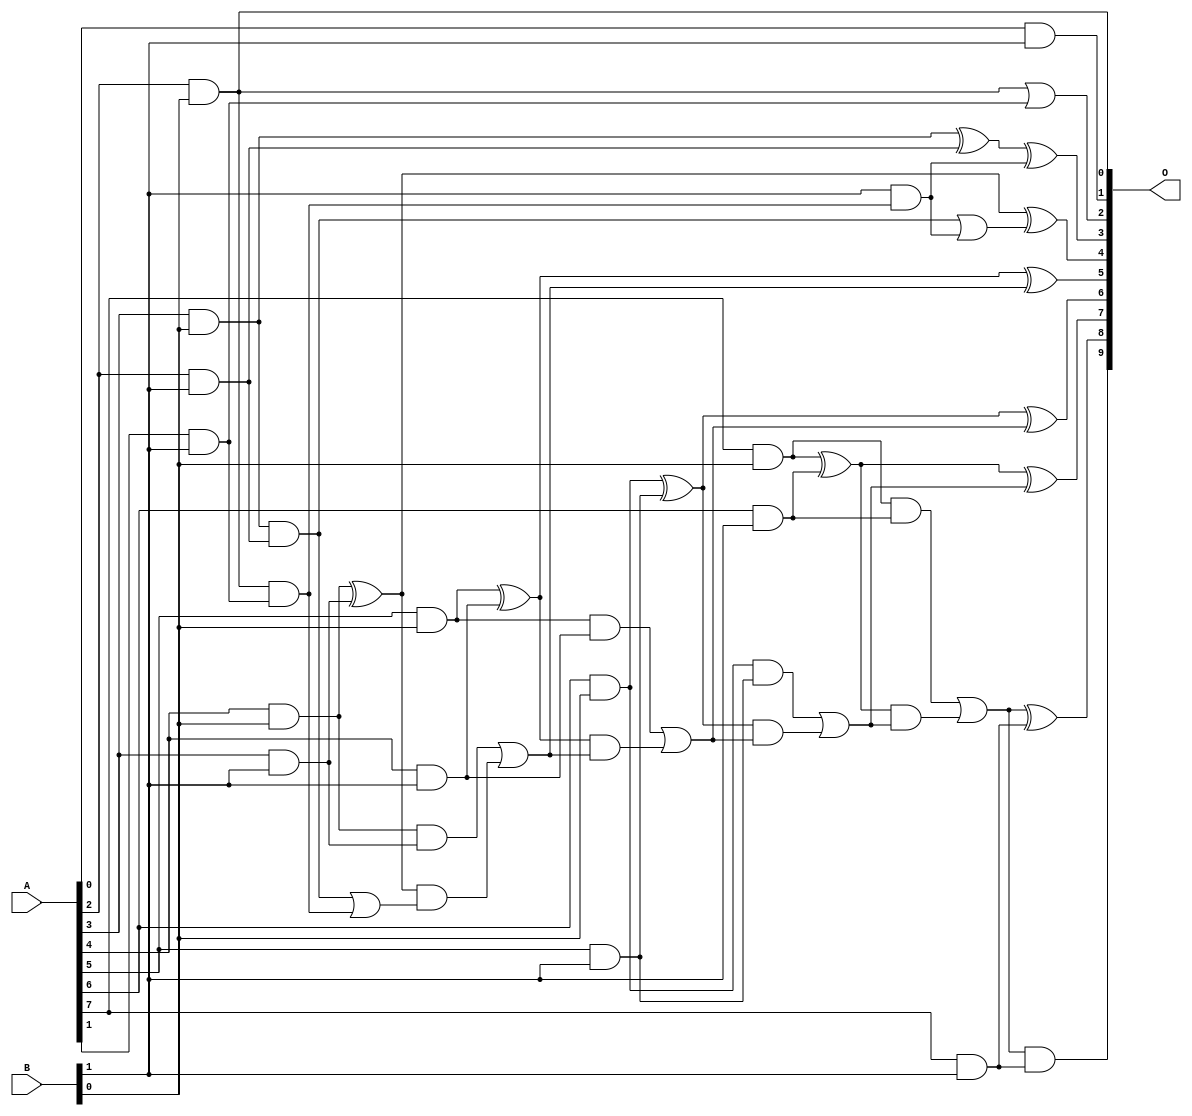
/***
* This code is a part of EvoApproxLib library (ehw.fit.vutbr.cz/approxlib) distributed under The MIT License.
* When used, please cite the following article(s): V. Mrazek, L. Sekanina, Z. Vasicek "Libraries of Approximate Circuits: Automated Design and Application in CNN Accelerators" IEEE Journal on Emerging and Selected Topics in Circuits and Systems, Vol 10, No 4, 2020 
* This file contains a circuit from a sub-set of pareto optimal circuits with respect to the pwr and ep parameters
***/
// MAE% = 0.067 %
// MAE = 0.69 
// WCE% = 0.29 %
// WCE = 3.0 
// WCRE% = 100.00 %
// EP% = 37.50 %
// MRE% = 1.45 %
// MSE = 1.5 
// PDK45_PWR = 0.027 mW
// PDK45_AREA = 100.4 um2
// PDK45_DELAY = 0.59 ns

module mul8x2u_0S7 (
    A,
    B,
    O
);

input [7:0] A;
input [1:0] B;
output [9:0] O;

wire sig_10,sig_12,sig_13,sig_14,sig_15,sig_16,sig_17,sig_19,sig_20,sig_21,sig_22,sig_23,sig_24,sig_25,sig_26,sig_29,sig_32,sig_33,sig_34,sig_35;
wire sig_36,sig_37,sig_38,sig_39,sig_40,sig_41,sig_42,sig_43,sig_44,sig_45,sig_46,sig_47,sig_48,sig_49,sig_50,sig_51,sig_52,sig_53,sig_54,sig_55;
wire sig_56,sig_57,sig_58,sig_59;

assign sig_10 = A[0] & B[1];
assign sig_12 = A[2] & B[0];
assign sig_13 = A[3] & B[0];
assign sig_14 = A[4] & B[0];
assign sig_15 = A[5] & B[0];
assign sig_16 = A[6] & B[0];
assign sig_17 = A[7] & B[0];
assign sig_19 = A[1] & B[1];
assign sig_20 = A[2] & B[1];
assign sig_21 = A[3] & B[1];
assign sig_22 = A[4] & B[1];
assign sig_23 = A[5] & B[1];
assign sig_24 = A[6] & B[1];
assign sig_25 = A[7] & B[1];
assign sig_26 = sig_12 | sig_19;
assign sig_29 = sig_12 & sig_19;
assign sig_32 = B[1] & sig_29;
assign sig_33 = sig_13 ^ sig_20;
assign sig_34 = sig_13 & sig_20;
assign sig_35 = sig_34 | sig_32;
assign sig_36 = sig_33 ^ sig_32;
assign sig_37 = sig_34 | sig_29;
assign sig_38 = sig_14 ^ sig_21;
assign sig_39 = sig_14 & sig_21;
assign sig_40 = sig_38 & sig_37;
assign sig_41 = sig_38 ^ sig_35;
assign sig_42 = sig_39 | sig_40;
assign sig_43 = sig_15 ^ sig_22;
assign sig_44 = sig_15 & sig_22;
assign sig_45 = sig_43 & sig_42;
assign sig_46 = sig_43 ^ sig_42;
assign sig_47 = sig_44 | sig_45;
assign sig_48 = sig_16 ^ sig_23;
assign sig_49 = sig_16 & sig_23;
assign sig_50 = sig_48 & sig_47;
assign sig_51 = sig_48 ^ sig_47;
assign sig_52 = sig_49 | sig_50;
assign sig_53 = sig_17 ^ sig_24;
assign sig_54 = sig_17 & sig_24;
assign sig_55 = sig_53 & sig_52;
assign sig_56 = sig_53 ^ sig_52;
assign sig_57 = sig_54 | sig_55;
assign sig_58 = sig_57 & sig_25;
assign sig_59 = sig_57 ^ sig_25;

assign O[9] = sig_58;
assign O[8] = sig_59;
assign O[7] = sig_56;
assign O[6] = sig_51;
assign O[5] = sig_46;
assign O[4] = sig_41;
assign O[3] = sig_36;
assign O[2] = sig_26;
assign O[1] = sig_10;
assign O[0] = sig_12;

endmodule